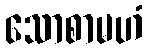
သောစာမဟံ